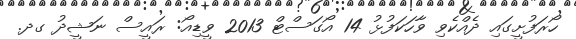
ހޯރަފުށީގައި ދެއްކެވި ވާހަކަފުޅު 14 އޯގަސްޓް 2013 ވީޑިއޯ: ރައީސް ނަޝީދު ގދ.